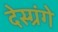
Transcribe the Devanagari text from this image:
देस्ग्रंगे